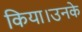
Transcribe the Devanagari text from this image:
किया।उनके